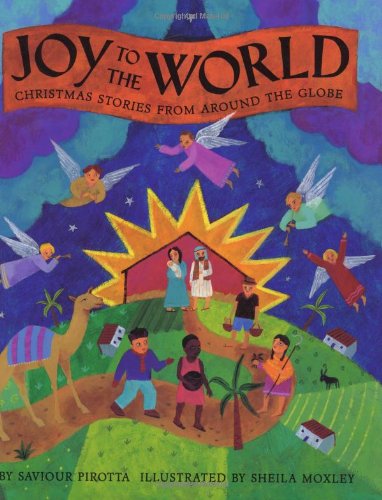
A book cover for Joy to the World; Saviour Pirotta; Children's Books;